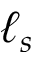
\ell _ { s }